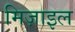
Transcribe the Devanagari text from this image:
मिज़ाइल